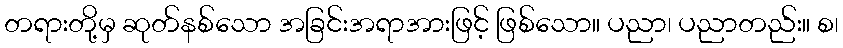
တရားတို့မှ ဆုတ်နစ်သော အခြင်းအရာအားဖြင့် ဖြစ်သော။ ပညာ၊ ပညာတည်း။ စ၊